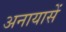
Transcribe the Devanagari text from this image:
अनायासें